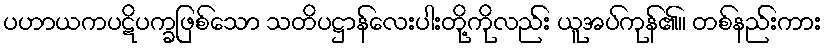
ပဟာယကပဋိပက္ခဖြစ်သော သတိပဋ္ဌာန်လေးပါးတို့ကိုလည်း ယူအပ်ကုန်၏။ တစ်နည်းကား